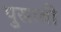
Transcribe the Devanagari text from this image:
पुसावी